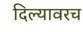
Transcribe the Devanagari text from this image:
दिल्यावरच